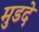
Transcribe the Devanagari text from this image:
मुडदे